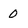
Character: 0